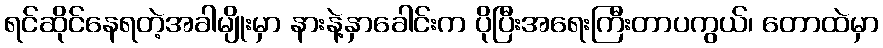
ရင်ဆိုင်နေရတဲ့အခါမျိုးမှာ နားနဲ့နှာခေါင်းက ပိုပြီးအရေးကြီးတာပကွယ်၊ တောထဲမှာ